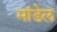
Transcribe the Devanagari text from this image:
मांडेल